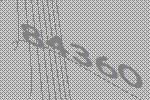
84360